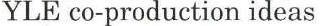
YLE co-production ideas